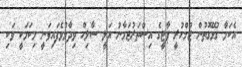
އެކަމާ ގުޅޭގޮތުން ޖުމްހުރީ ޕާޓީގެ އިސްތަރުޖަމާނު އަލީ ސާލިހް ވިދާޅުވެފައިވަނީ މިކަމަކީ ވަކި